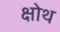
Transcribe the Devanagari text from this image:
क्षोथ